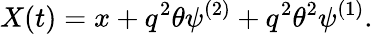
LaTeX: X(t)=x+q^{2}\theta\psi^{(2)}+q^{2}\theta^{2}\psi^{(1)}.